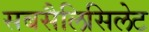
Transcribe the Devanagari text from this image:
सबसैलिसिलेट